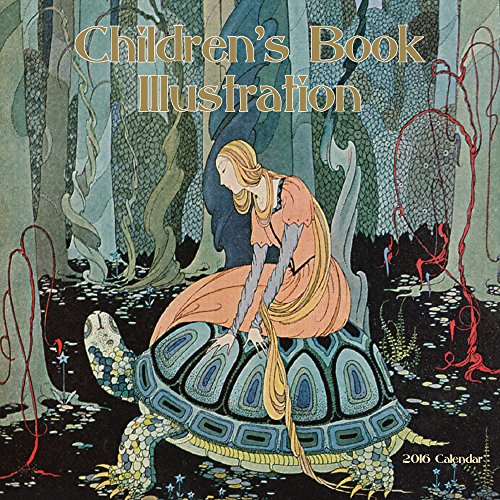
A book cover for Children's Book Illustration (CL53341); Kay Nielsen; Calendars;